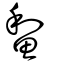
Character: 鯬